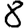
Digit: 8